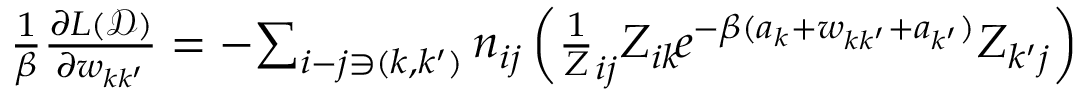
\begin{array} { r } { \frac 1 \beta \frac { \partial L ( \mathcal D ) } { \partial w _ { k k ^ { \prime } } } = - \! \sum _ { i - j \ni ( k , k ^ { \prime } ) } n _ { i j } \left( \frac 1 Z _ { i j } Z _ { i k } \! e ^ { - \beta ( a _ { k } + w _ { k k ^ { \prime } } + a _ { k ^ { \prime } } ) } Z _ { k ^ { \prime } j } \right) } \end{array}